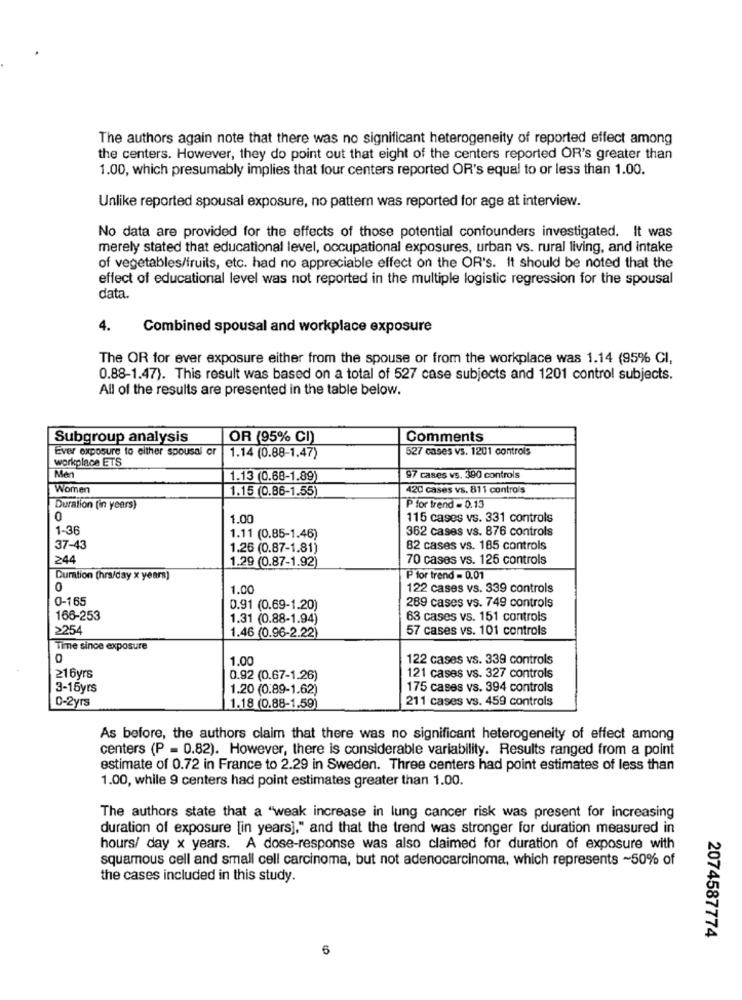
The authors again note that there was no significant heterogeneity of reported effect among
the centers. However, they do point out that eight of the centers reported OR's greater than
1.00, which presumably implies that four centers reported OR's equal to or less than 1.00.
Unlike reported spousal exposure, no pattern was reported for age at interview.
No data are provided for the effects of those potential confounders investigated. It was
merely stated that educational level, occupational exposures, urban vs. rural living, and intake
of vegetables/fruits, etc. had no appreciable effect on the OR's. It should be noted that the
effect of educational level was not reported in the multiple logistic regression for the spousal
data.
4.
Combined spousal and workplace exposure
The OR for ever exposure either from the spouse or from the workplace was 1.14 (95% CI,
0.88-1.47). This result was based on a total of 527 case subjects and 1201 control subjects.
All of the results are presented in the table below.
Subgroup analysis
OR (95% CI)
Comments
Ever exposure to either spousal or
527 cases vs. 1201 controls
workplace ETS
1.14 (0.88-1.47)
Men
1.13 (0.68-1.89)
97 cases vs. 390 controls
Women
1.15 (0.86-1.55)
420 cases vs. 811 controls
Duration (in years)
P for trend = 0.13
0
1.00
115 cases vs. 331 controls
1-36
362 cases vs. 876 controls
1.11 (0.85-1.46)
37-43
1.26 (0.87-1.81)
82 cases vs. 185 controls
244
1.29 (0.87-1.92)
70 cases vs. 126 controls
Duration [hrs/day x years)
P for trend - 0.01
0
1.00
122 cases vs. 339 controls
0-165
0.91 (0.69-1.20)
289 cases vs. 749 controls
166-253
1.31 (0.88-1.94)
63 cases vs. 151 controls
≥254
1.46 (0.96-2.22)
57 cases vs. 101 controls
Time since exposure
1.00
122 cases vs. 339 controls
216yrs
0.92 (0.67-1.26)
121 cases vs. 327 controls
3-15yrs
1.20 (0.89-1.62)
175 cases vs. 394 controls
0-2yrs
211 cases vs. 459 controls
1.18 (0.88-1.59)
As before, the authors claim that there was no significant heterogeneity of effect among
centers (P = 0.82). However, there is considerable variability. Results ranged from a point
estimate of 0.72 in France to 2.29 in Sweden. Three centers had point estimates of less than
1.00, while 9 centers had point estimates greater than 1.00.
The authors state that a "weak increase in lung cancer risk was present for increasing
duration of exposure [in years]," and that the trend was stronger for duration measured in
hours/ day x years. A dose-response was also claimed for duration of exposure with
squamous cell and small cell carcinoma, but not adenocarcinoma, which represents ~50% of
the cases included in this study.
2074587774
6